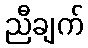
ညီချက်